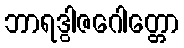
ဘာရဒွါဇဂေါတ္တော